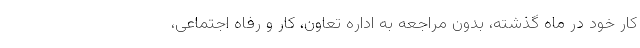
کار خود در ماه گذشته، بدون مراجعه به اداره تعاون، کار و رفاه اجتماعی،